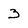
Character: 3